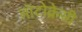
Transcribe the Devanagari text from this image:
ऑटोक्रेसी